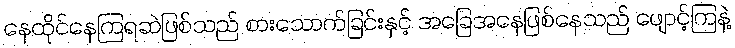
နေထိုင်နေကြရဆဲဖြစ်သည် စားသောက်ခြင်းနှင့် အခြေအနေဖြစ်နေသည် ဖျောင့်ကြနဲ့